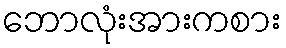
ဘောလုံးအားကစား